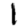
Digit: 1